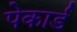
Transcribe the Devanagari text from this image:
पेकार्ड